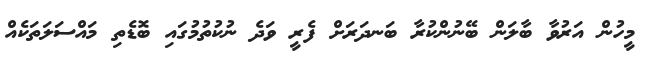
މީހުން އަރުވާ ބާލަން ބޭނުންކުރާ ބަނދަރަށް ފެރީ ވަދެ ނުކުތުމުގައި ބޮޑެތި މައްސަލަތަކެއް